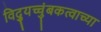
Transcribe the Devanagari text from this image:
विद्युच्चुंबकत्वाच्या